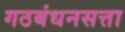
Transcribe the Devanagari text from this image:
गठबंधनसत्ता